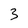
Character: 3